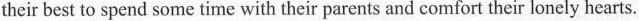
their best to spend some time with their parents and comfort their lonely hearts.